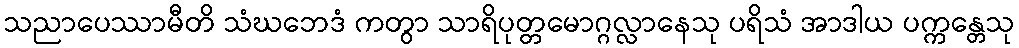
သညာပေဿာမီတိ သံဃဘေဒံ ကတွာ သာရိပုတ္တမောဂ္ဂလ္လာနေသု ပရိသံ အာဒါယ ပက္ကန္တေသု